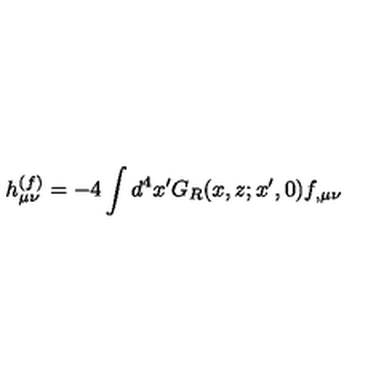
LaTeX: h _ { \mu \nu } ^ { ( f ) } = - 4 \int d ^ { 4 } x ^ { \prime } G _ { R } ( x , z ; x ^ { \prime } , 0 ) f _ { , \mu \nu }